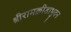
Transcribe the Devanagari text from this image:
श्रीरामक्रीडाभुवन